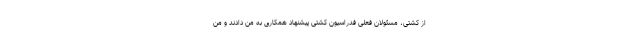
از کشتی، مسئولان فعلی فدراسیون کشتی پیشنهاد همکاری به من دادند و من